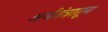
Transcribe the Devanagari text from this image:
अर्थतंत्रातून